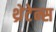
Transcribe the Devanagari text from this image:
थ्रेटेन्स